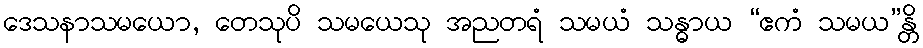
ဒေသနာသမယော, တေသုပိ သမယေသု အညတရံ သမယံ သန္ဓာယ “ဧကံ သမယ”န္တိ